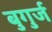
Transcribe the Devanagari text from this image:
बुगुर्ज